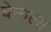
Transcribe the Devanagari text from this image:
बेन्गल्स